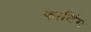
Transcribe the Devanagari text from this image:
फार्टिंग